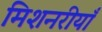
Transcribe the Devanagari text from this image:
मिशनरीयाँ